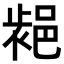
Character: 𨛷